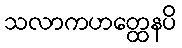
သလာကဟတ္ထေနပိ